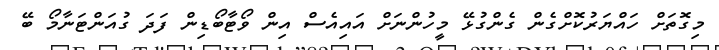
މިގޮތަށް ހައްޔަރުކޮށްގެން ގެންގުޅޭ މީހުންނަށް އައިއެސް އިން ވޯޓާބޯޑިން ފަދަ ގުއަންޓަނާމޯ ބޭ